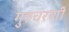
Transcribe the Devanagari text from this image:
गुरुचरणी